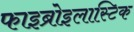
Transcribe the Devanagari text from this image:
फाइब्रोइलास्टिक